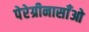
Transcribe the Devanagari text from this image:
पेरेग्रीनासाँओ